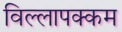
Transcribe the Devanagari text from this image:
विल्लापक्कम